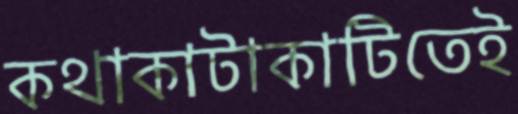
কথাকাটাকাটিতেই